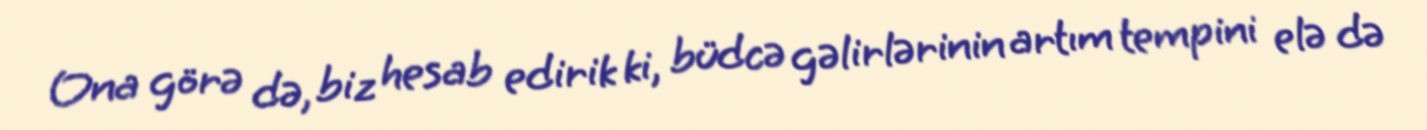
Ona görə də, biz hesab edirik ki, büdcə gəlirlərinin artım tempini elə də